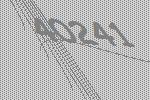
40241